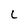
Character: L